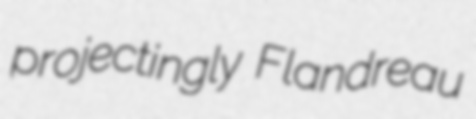
projectingly Flandreau